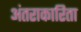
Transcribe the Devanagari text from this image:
अंतराकारिता